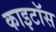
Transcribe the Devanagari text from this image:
काइटॉस